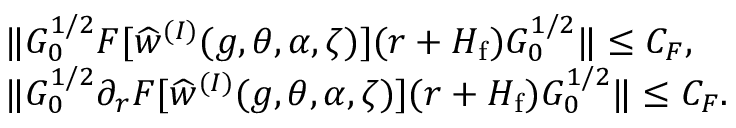
\begin{array} { r l } & { \| G _ { 0 } ^ { 1 / 2 } F [ \widehat { w } ^ { ( I ) } ( g , \theta , \alpha , \zeta ) ] ( r + H _ { \mathrm { f } } ) G _ { 0 } ^ { 1 / 2 } \| \leq C _ { F } , } \\ & { \| G _ { 0 } ^ { 1 / 2 } \partial _ { r } F [ \widehat { w } ^ { ( I ) } ( g , \theta , \alpha , \zeta ) ] ( r + H _ { \mathrm { f } } ) G _ { 0 } ^ { 1 / 2 } \| \leq C _ { F } . } \end{array}